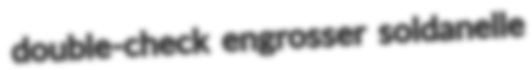
double-check engrosser soldanelle